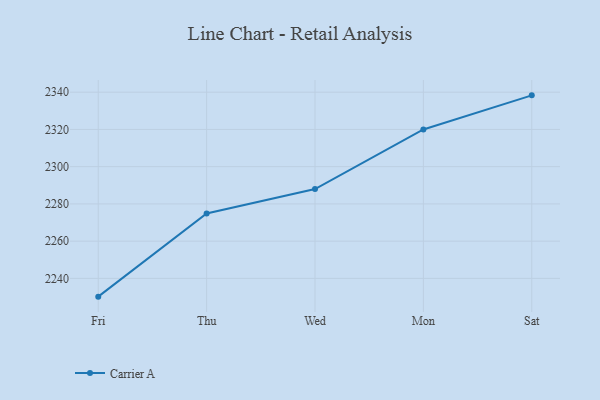
{"axis": {"x": "Day", "y": "LTV (USD)"}, "legend": ["Carrier A"], "data": [{"x": "Fri", "y": 2230.2, "type": "Carrier A"}, {"x": "Thu", "y": 2274.9, "type": "Carrier A"}, {"x": "Wed", "y": 2288.0, "type": "Carrier A"}, {"x": "Mon", "y": 2320.0, "type": "Carrier A"}, {"x": "Sat", "y": 2338.3, "type": "Carrier A"}]}